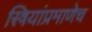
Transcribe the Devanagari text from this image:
स्त्रियांप्रमाणेच